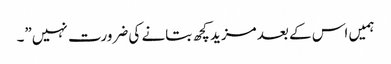
ہمیں اس کے بعد مزید کچھ بتانے کی ضرورت نہیں”۔